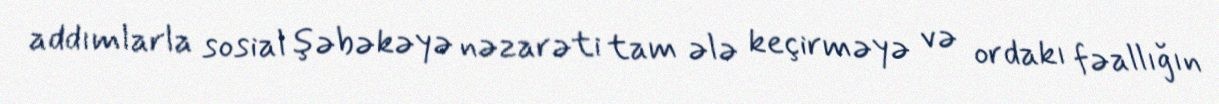
addımlarla sosial şəbəkəyə nəzarəti tam ələ keçirməyə və ordakı fəallığın